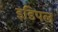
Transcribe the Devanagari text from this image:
इडिपल